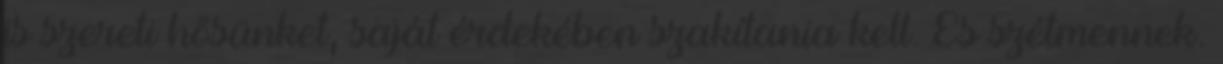
is szereti hősünket, saját érdekében szakítania kell. És szétmennek.